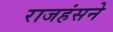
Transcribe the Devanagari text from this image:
राजहंसने